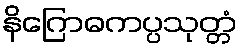
နိဂြောဓကပ္ပသုတ္တံ